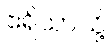
ဧရိယာသို့